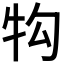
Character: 𭷖